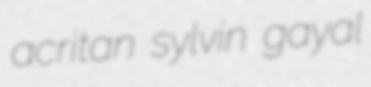
acritan sylvin gayal